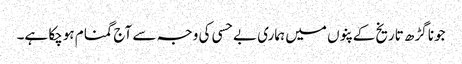
جونا گڑھ تاریخ کے پنوں میں ہماری بے حسی کی وجہ سے آج گمنام ہوچکا ہے۔